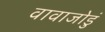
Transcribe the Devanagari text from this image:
वावाजोडुं